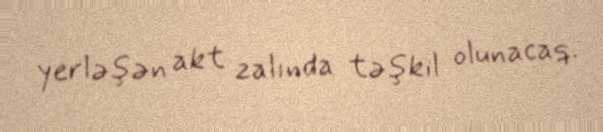
yerləşən akt zalında təşkil olunacaq.